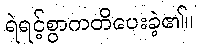
ရဲရင့်စွာကတိပေးခဲ့၏။